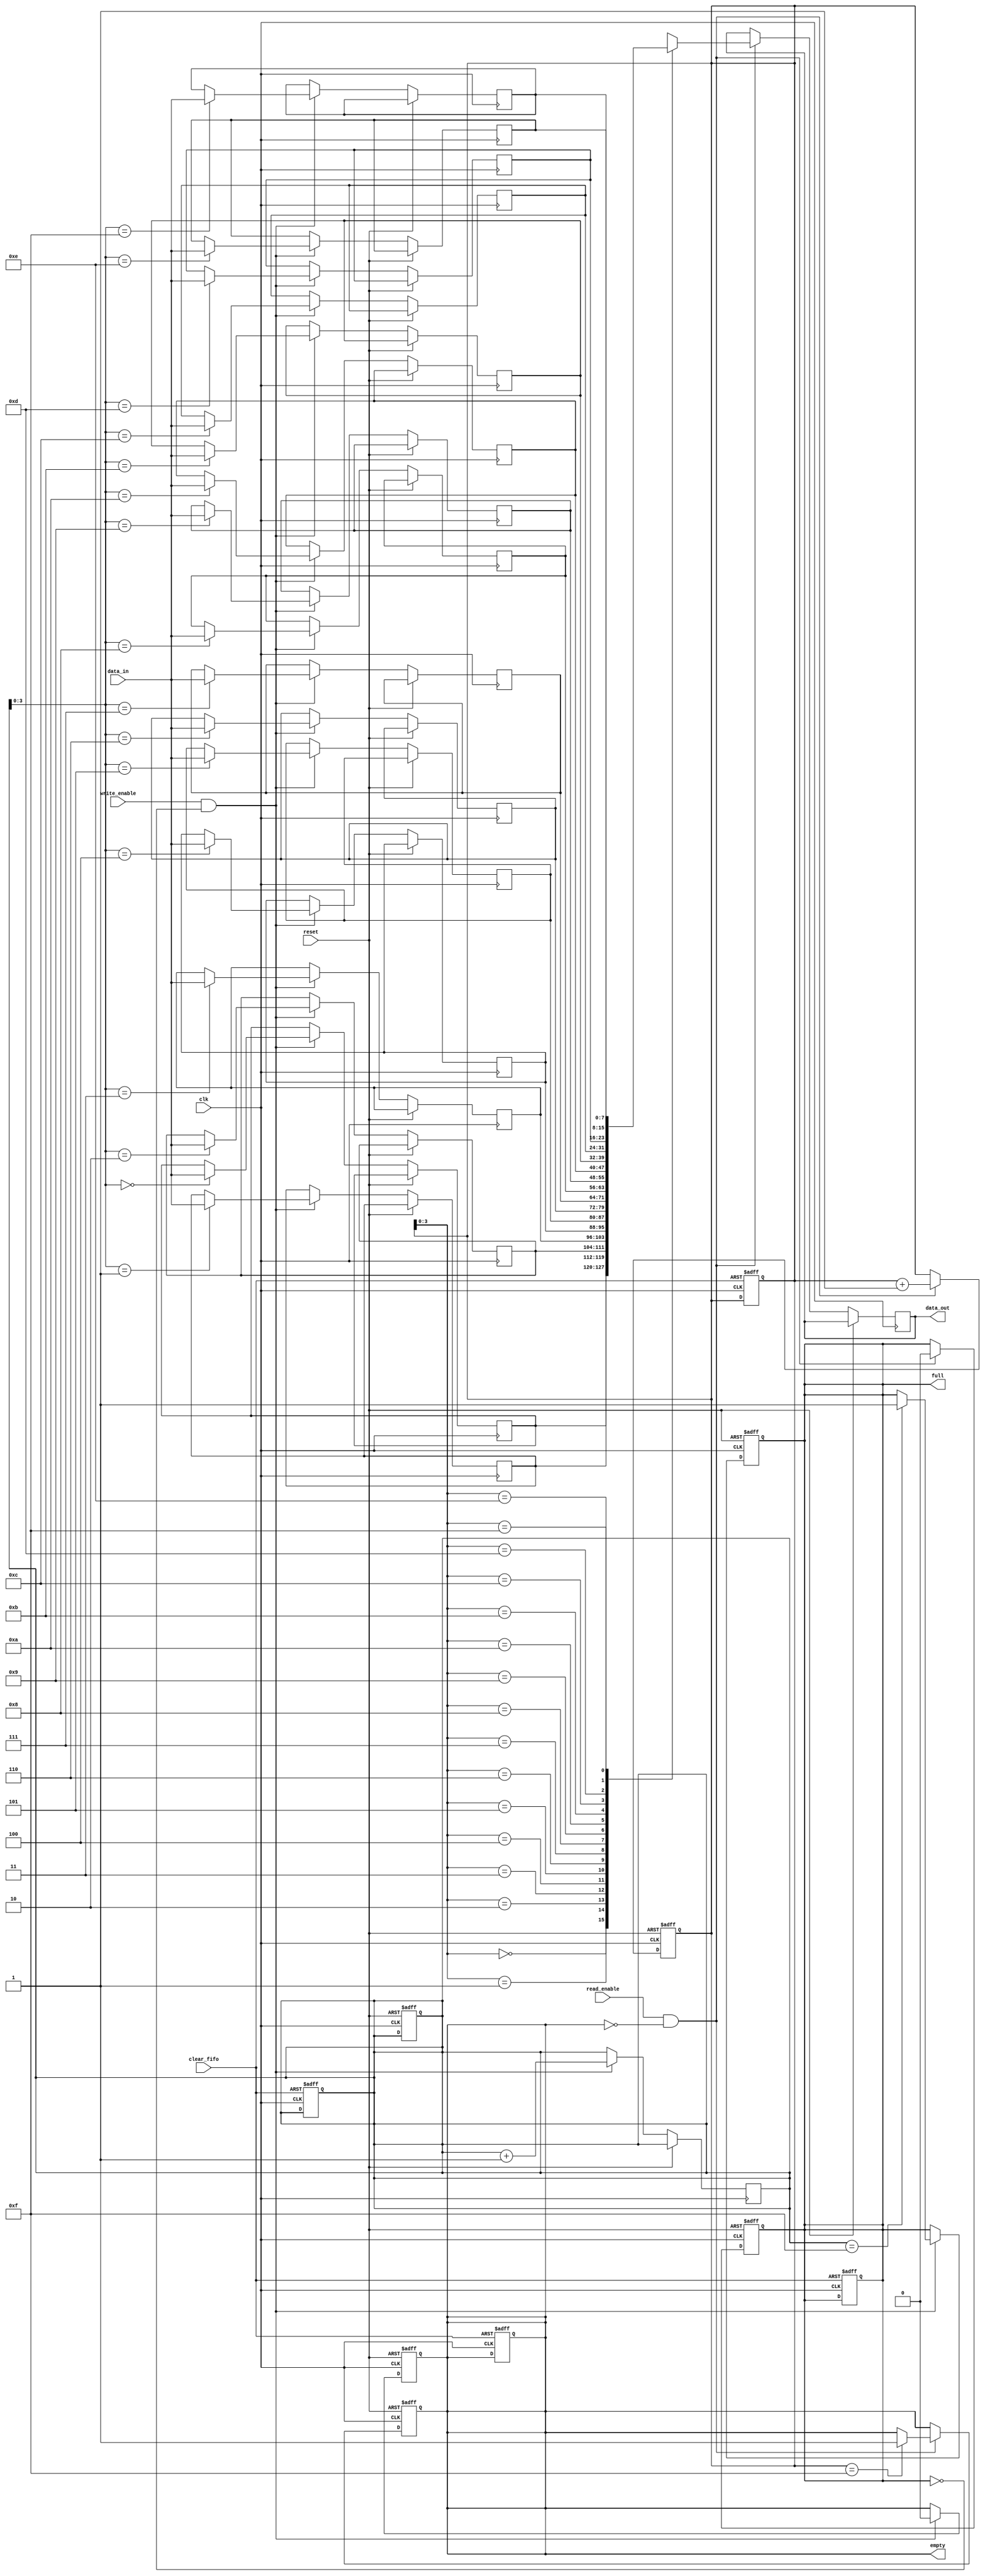
module gray_fifo (
    input wire clk,
    input wire reset,
    input wire read_enable,
    input wire write_enable,
    input wire clear_fifo,
    input wire [DATA_WIDTH-1:0] data_in,
    output reg [DATA_WIDTH-1:0] data_out,
    output reg empty,
    output reg full
);

parameter DATA_WIDTH = 8;
parameter FIFO_DEPTH = 16;

reg [DATA_WIDTH-1:0] fifo [0:FIFO_DEPTH-1];
reg [DATA_WIDTH-1:0] read_pointer;
reg [DATA_WIDTH-1:0] write_pointer;

always @(posedge clk or posedge reset) begin
    if (reset) begin
        read_pointer <= 0;
        write_pointer <= 0;
        empty <= 1;
        full <= 0;
    end else begin
        if (read_enable && !empty) begin
            data_out <= fifo[read_pointer];
            read_pointer <= read_pointer + 1;
            if (read_pointer == FIFO_DEPTH-1) begin
                empty <= 1;
            end
            full <= 0;
        end
    end
end

always @(posedge clk or posedge reset) begin
    if (reset) begin
        empty <= 1;
        full <= 0;
    end else begin
        if (write_enable && !full) begin
            fifo[write_pointer] <= data_in;
            write_pointer <= write_pointer + 1;
            if (write_pointer == FIFO_DEPTH-1) begin
                full <= 1;
            end
            empty <= 0;
        end
    end
end

// Optional logic for clearing the FIFO
always @(posedge clk or posedge clear_fifo) begin
    if (clear_fifo) begin
        read_pointer <= 0;
        write_pointer <= 0;
        empty <= 1;
        full <= 0;
    end
end

endmodule